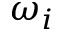
\omega _ { i }